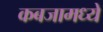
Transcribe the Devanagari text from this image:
कबजामध्ये